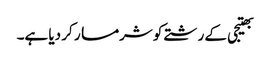
بھتیجی کے رشتے کو شرمسار کر دیا ہے۔